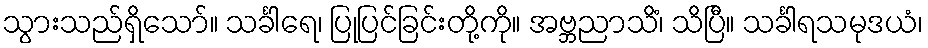
သွားသည်ရှိသော်။ သင်္ခါရေ၊ ပြုပြင်ခြင်းတို့ကို။ အဗ္ဘညာသိံ၊ သိပြီ။ သင်္ခါရသမုဒယံ၊